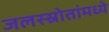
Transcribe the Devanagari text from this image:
जलस्स्रोतांमध्ये